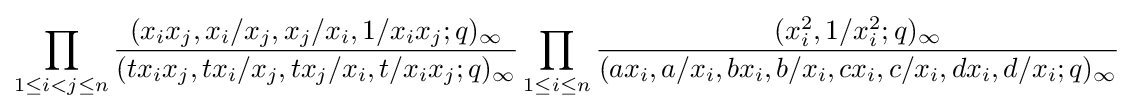
\prod _{1\leq i<j\leq n}{\frac {(x_{i}x_{j},x_{i}/x_{j},x_{j}/x_{i},1/x_{i}x_{j};q)_{\infty }}{(tx_{i}x_{j},tx_{i}/x_{j},tx_{j}/x_{i},t/x_{i}x_{j};q)_{\infty }}}\prod _{1\leq i\leq n}{\frac {(x_{i}^{2},1/x_{i}^{2};q)_{\infty }}{(ax_{i},a/x_{i},bx_{i},b/x_{i},cx_{i},c/x_{i},dx_{i},d/x_{i};q)_{\infty }}}